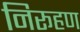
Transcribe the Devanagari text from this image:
निरूहण